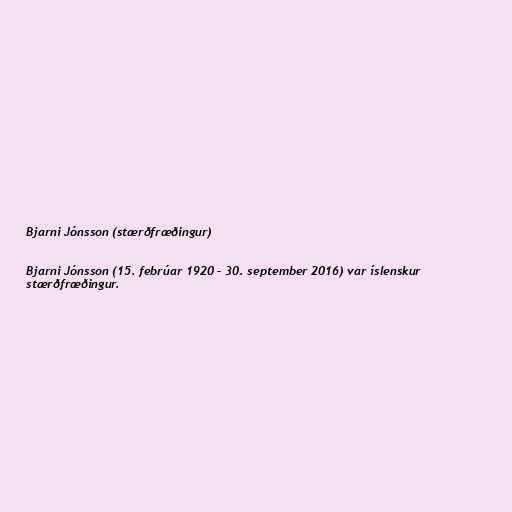
Bjarni Jónsson (stærðfræðingur)

Bjarni Jónsson (15. febrúar 1920 – 30. september 2016) var íslenskur
stærðfræðingur.